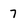
Character: 7